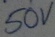
Text: 50V